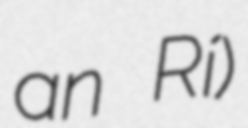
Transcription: an Rí)